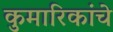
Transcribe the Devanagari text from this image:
कुमारिकांचे